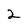
Character: 2